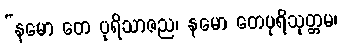
“နမော တေ ပုရိသာဇည၊ နမော တေပုရိသုတ္တမ၊